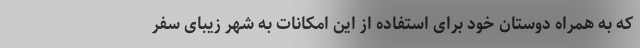
که به همراه دوستان خود برای استفاده از این امکانات به شهر زیبای سفر